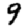
Digit: 9